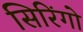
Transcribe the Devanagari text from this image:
सिरिंगो